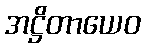
အဋ္ဌိတာယေဝ